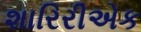
શારિરીએક